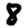
Digit: 8